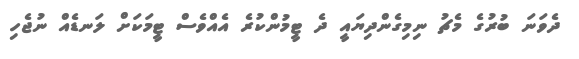
ދެވަނަ ބުރުގެ މެޗު ނިމިގެންދިޔައީ ދެ ޓީމުންކުރެ އެއްވެސް ޓީމަކަށް ލަނޑެއް ނުޖެހި